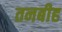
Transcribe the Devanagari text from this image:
तनबीह